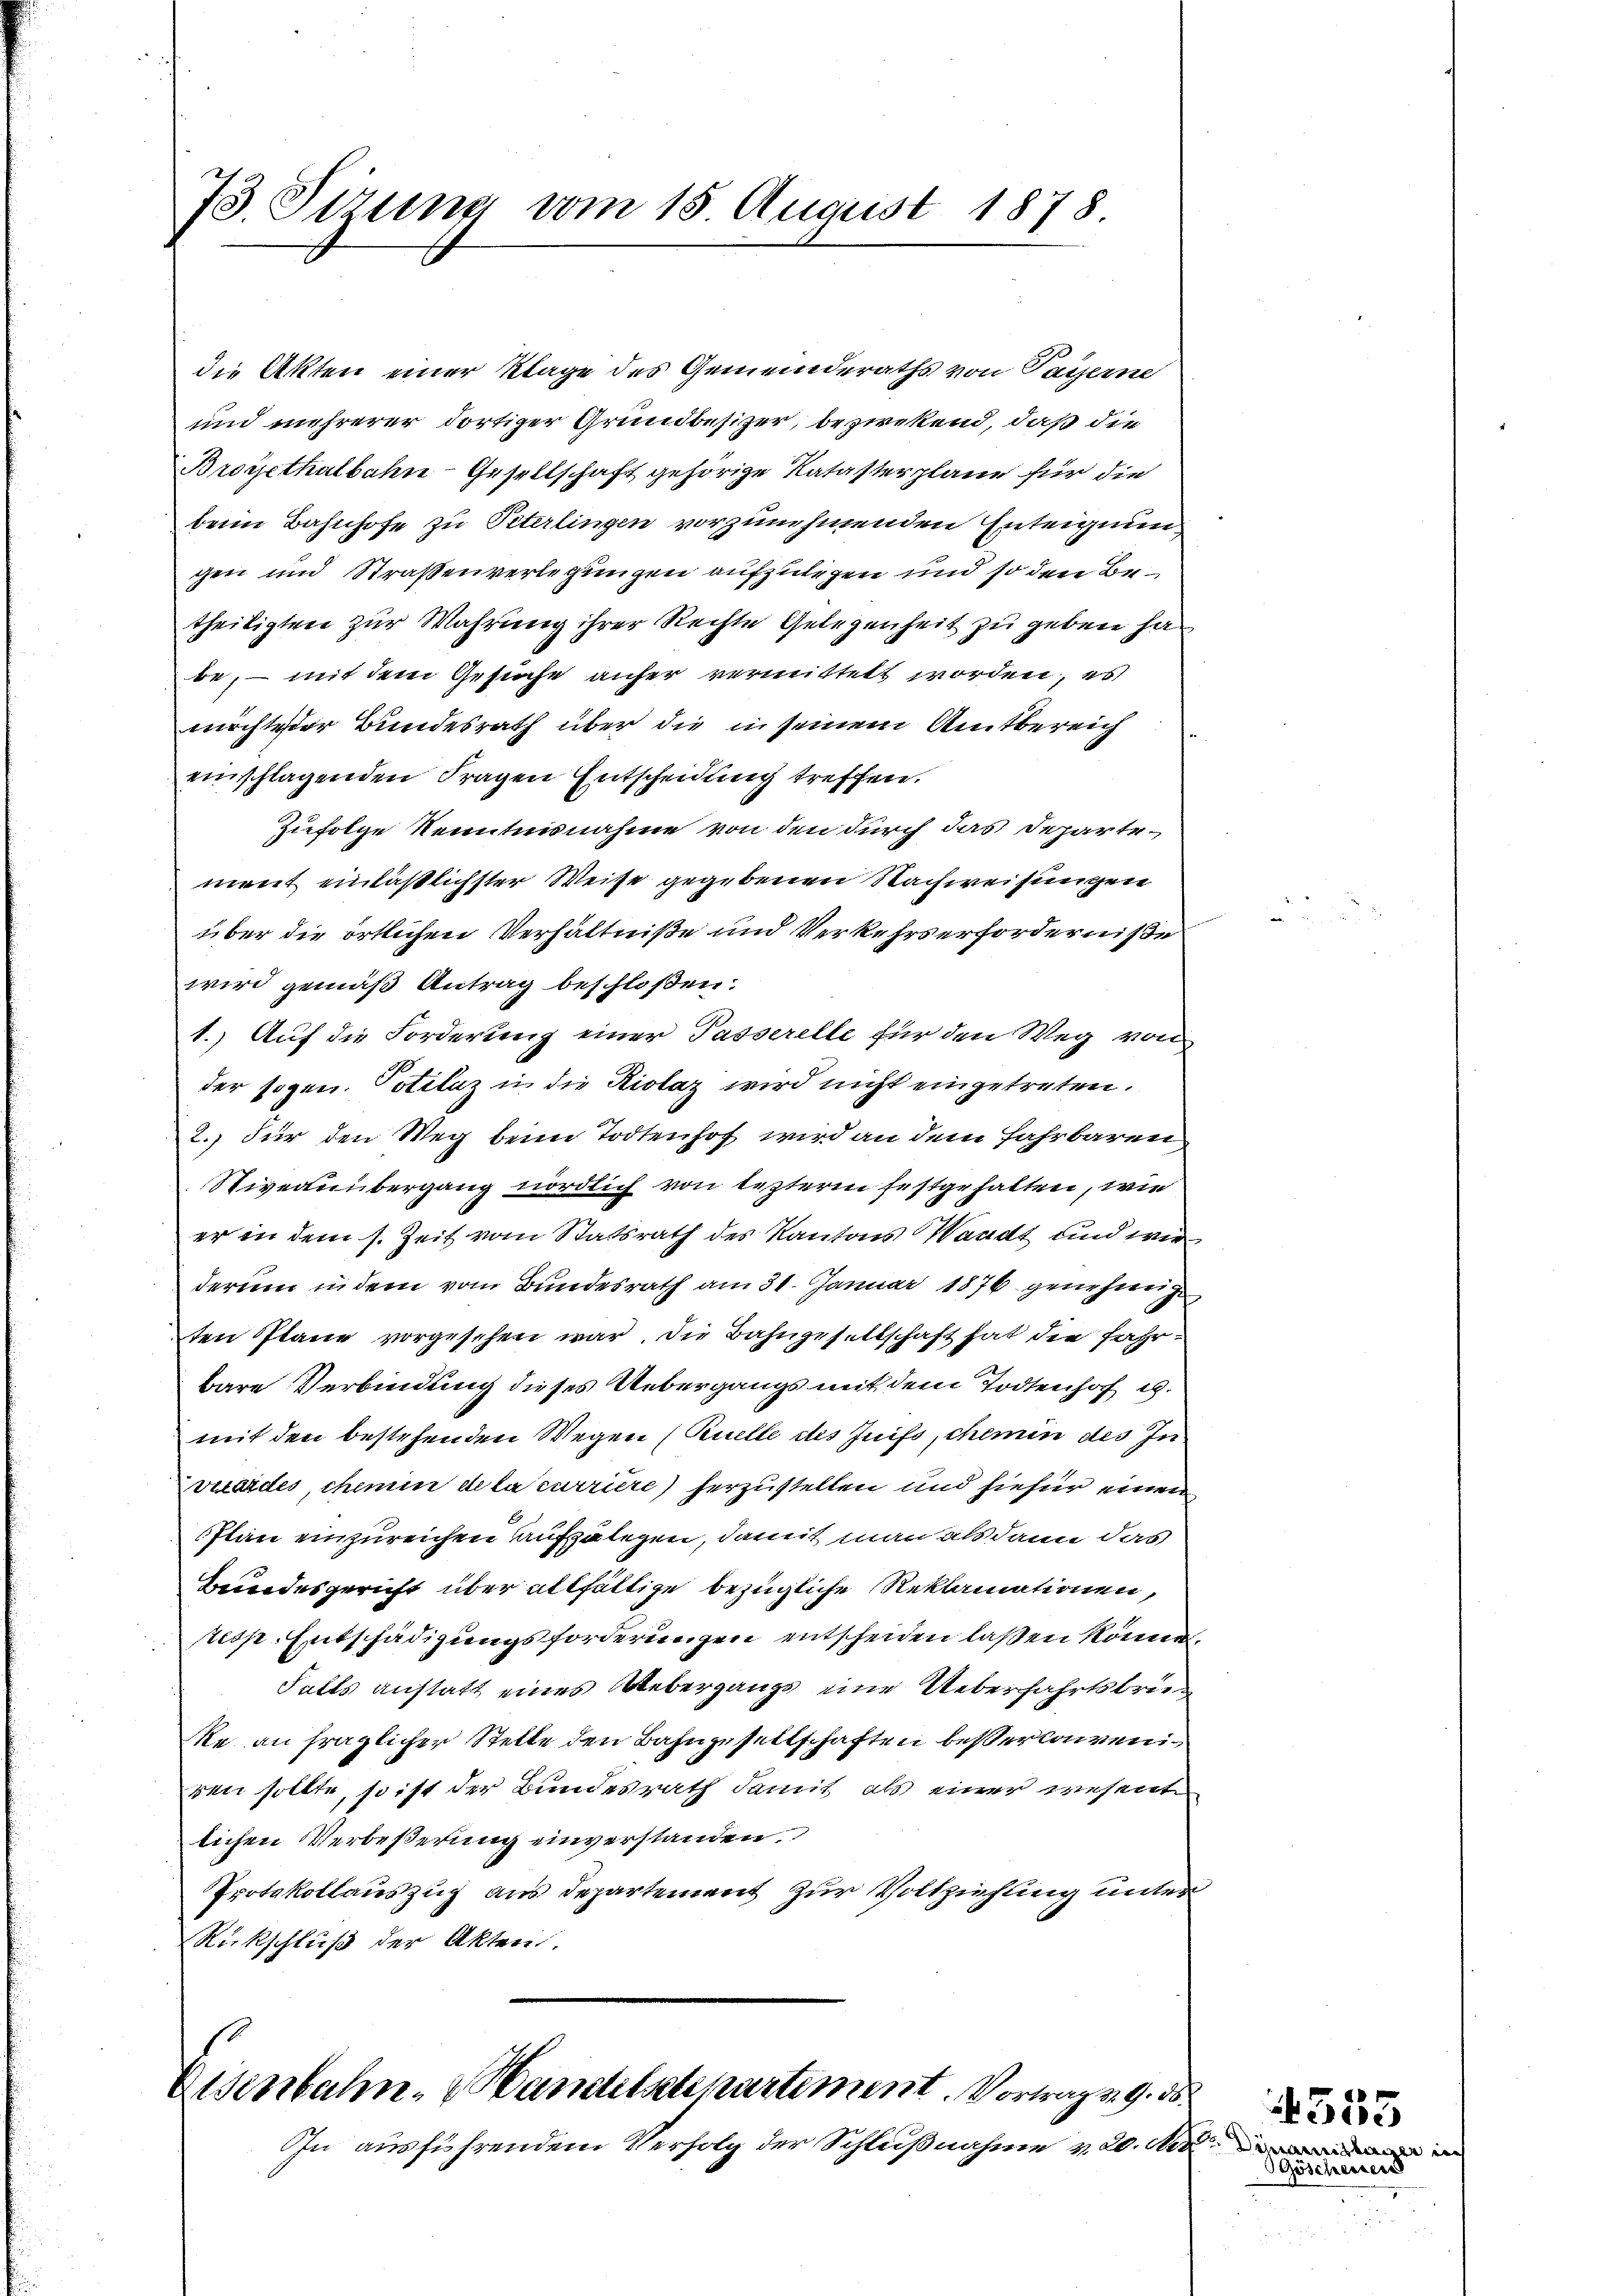
73. Sizung vom 15 August 1878.

die Akten einer Klage des Gemeinderaths von Payerne
und mehrerer dortiger Grundbesizer, bezwekend, daß die
Brogethalbahn-Gesellschaft gehörige Katasterplane für die
beim Bahnhofe zu Peterlingen vorzunehmenden Enteignungen und Straßenverlegungen aufzulegen und so den Betheiligten zur Wahrung ihrer Rechte Gelegenheit zu geben ha
be, – mit dem Gesuche anfer vermittelt worden, es
möchte der Bundesrath über die in seinem Amtbereich
einschlagenden Fragen Entscheidung treffen.
Zufolge Kenntnisnahme von den durch das Departement einläßlichster Weise gegebenen Nachweisungen
über die örtlichen Verhältniße und Verkehrs erforderniße
wird gemäß Antrag beschloßen:
1.) Auf die Forderung einer Passerelle für den Weg von
der sogen. Potilaz in die Kiolaz wird nicht eingetreten.
2. Für den Weg beim Todtenhof wird an dem Fahrbaren
Niveauübergang nördlich von lezterm festgehalten, wie
er in dem s. Zeit vom Statsrath des Kantons Waadt und wir
derum in dem vom Bundesrath am 31. Januar 1876 genehmig
ten Plane vorgesehen war, die Bahngesellschaft hat die Fahrbare Verbindung dieses Uebergangs mit dem Todtenhof i.
mit den bestehenden Wegen (Puelle des Juifs, chemin des Inverordes chemin de la curriere) herzustellen und hiefür einen
Plan einzureichen aufzulegen, damit man als dann das
Hundesgericht über allfältige bezügliche Reklamationen,
resp. Entschädigungsforderungen entscheiden laßen könne.
Falls anstatt eines Uebergangs eine Ueberfahrtsbru¬
Re an fraglicher Stette den Bahngesellschaften bessertairen
ren sollte, so ist der Bundesrath damit als einer wesente
lichen Verbeßerung einverstanden.
Protokollauszug aus Departement zur Vollziehung unter
Rückschluß der Akten.

Eisenbahn-Handelsstepartement. Vortragen 9. ds

In ausführendem Verfolg der Schlußnahme v. 20. Aca

Diariis tager
Göschenen

4555